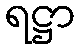
ရဋ္ဌာ